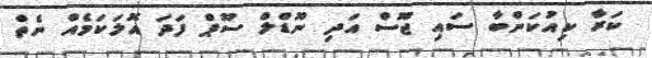
ކަރާ ކިއުކަންބާ ސައި ޖޫސް އަދި ނޫޑްލް ސޫޕް ފަދަ އޮލަކަމެއް ނެތް